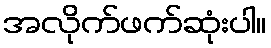
အလိုက်ဖက်ဆုံးပါ။